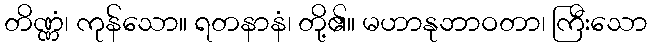
တိဏ္ဏံ၊ ကုန်သော။ ရတနာနံ၊ တို့၏။ မဟာနုဘာဝတာ၊ ကြီးသော